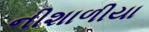
નીશાળીયા